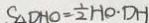
S _ { \Delta D H O } = \frac { 1 } { 2 } H O \cdot D H